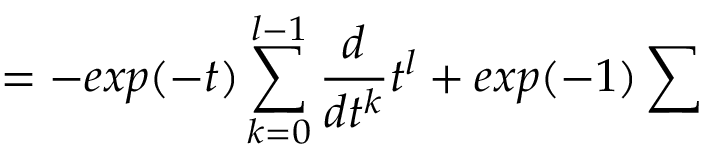
= - e x p ( - t ) \sum _ { k = 0 } ^ { l - 1 } \frac { d } { d t ^ { k } } t ^ { l } + e x p ( - 1 ) \sum